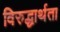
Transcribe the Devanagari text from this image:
विरुद्धार्थता